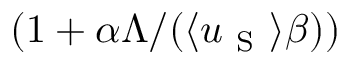
( 1 + \alpha \Lambda / ( \langle u _ { \mathrm { ~ S ~ } } \rangle \beta ) )